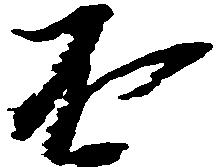
不